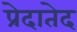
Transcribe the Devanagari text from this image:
प्रेदातेद